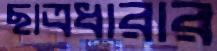
ছাত্রধারার